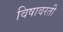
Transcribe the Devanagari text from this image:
विषावरती